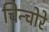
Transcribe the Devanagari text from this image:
चिन्चोरे